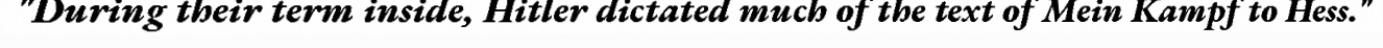
"During their term inside, Hitler dictated much of the text of Mein Kampf to Hess."